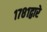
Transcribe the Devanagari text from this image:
१७८१द्वारे